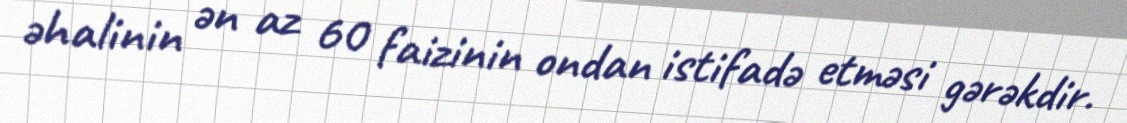
əhalinin ən az 60 faizinin ondan istifadə etməsi gərəkdir.